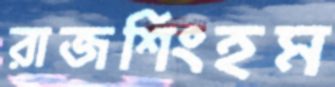
রাজশিংহম